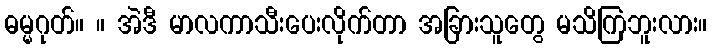
ဓမ္မဂုတ်။ ။ အဲဒီ မာလကာသီးပေးလိုက်တာ အခြားသူတွေ မသိကြဘူးလား။